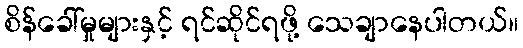
စိန်ခေါ်မှုများနှင့် ရင်ဆိုင်ရဖို့ သေချာနေပါတယ်။